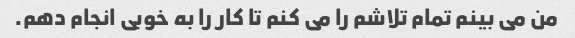
من می بینم تمام تلاشم را می کنم تا کار را به خوبی انجام دهم.